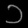
Digit: ၁